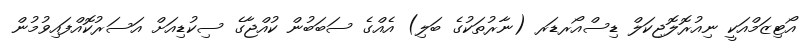
އޯޓިޒަމްއަކީ ނިއުރޮލޮޖިކަލް ޑިސްއޯރޑަރ (ނާރުތަކުގެ ބަލި) އެއްގެ ސަބަބުން ކުއްޖާގެ ސިކުޑިއަށް އަސަރުކޮއްފައިވުމުން